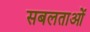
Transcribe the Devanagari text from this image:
सबलताओं